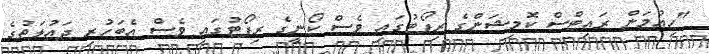
"ހިއުމަން ރައިޓްސް ކޮމިޝަންގެ ރިޕޯޓުގައި ވެސް ކޯނީގެ ރިޕޯޓުގައި ވެސް އެބަހުރި ދައުލަތުގެ